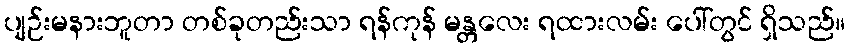
ပျဉ်းမနားဘူတာ တစ်ခုတည်းသာ ရန်ကုန် မန္တလေး ရထားလမ်း ပေါ်တွင် ရှိသည်။